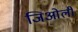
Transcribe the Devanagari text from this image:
जिओली